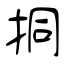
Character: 挏